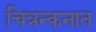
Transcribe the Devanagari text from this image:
चित्रन्कनात